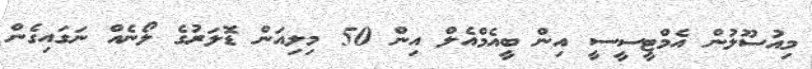
މިއުސޫލުން އެމްޓީސީސީ އިން ބީއެމްއެލް އިން 50 މިލިއަން ޑޮލަރުގެ ލޯނެއް ނަގައިގެން